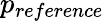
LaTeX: p_{reference}